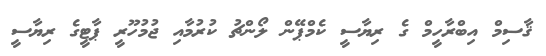
ޤާސިމް އިބްރާހީމް ގެ ރިޔާސީ ކެމްޕޭން ލޯންޗު ކުރުމާއި ޖުމުހޫރީ ޕާޓީގެ ރިޔާސީ